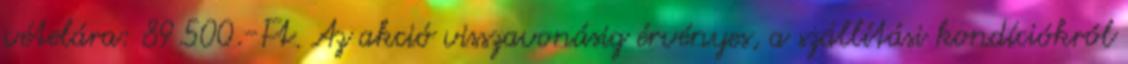
vételára: 89.500.-Ft. Az akció visszavonásig érvényes, a szállítási kondíciókról